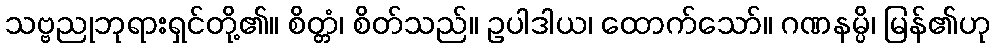
သဗ္ဗညုဘုရားရှင်တို့၏။ စိတ္တံ၊ စိတ်သည်။ ဥပါဒါယ၊ ထောက်သော်။ ဂဏနမ္ပိ၊ မြန်၏ဟု